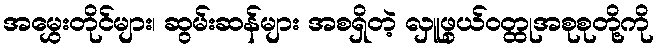
အမွှေးတိုင်များ၊ ဆွမ်းဆန်များ အစရှိတဲ့ လှူဖွယ်ဝတ္ထုအစုစုတို့ကို